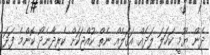
ދެން ޔޫމީ ކަހަލަ ލަދެއް އަގަލެއް ނެތް ކުއްޖަކަށް ކެރިދާނެދޯ ކޮންމެ ފަދަ